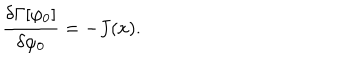
LaTeX: \frac { \delta \Gamma [ \varphi _ { 0 } ] } { \delta \varphi _ { 0 } } = - J ( x ) .